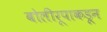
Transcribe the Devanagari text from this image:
बोलीरूपाकडून